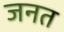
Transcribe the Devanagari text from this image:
जनत